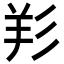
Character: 羏